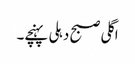
اگلی صبح دہلی پہنچے۔